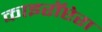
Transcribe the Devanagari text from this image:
काइरॉप्टेरा